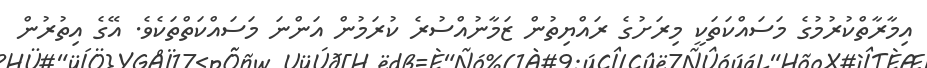
އިމާރާތްކުރުމުގެ މަސައްކަތަކީ މިރަށުގެ ރައްޔިތުން ޒަމާނުއްސުރެ ކުރަމުން އަންނަ މަސައްކަތްތަކެވެ. އޭގެ އިތުރުން